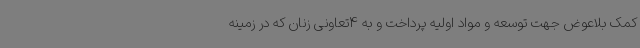
کمک بلاعوض جهت توسعه و مواد اولیه پرداخت و به 4تعاونی زنان که در زمینه